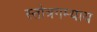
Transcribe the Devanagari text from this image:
स्तोत्रगम्याय